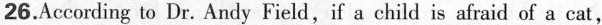
26.According to Dr. Andy Field,if a child is afraid of a cat,